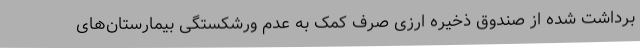
برداشت شده از صندوق ذخیره ارزی صرف کمک به عدم ورشکستگی بیمارستان‌های